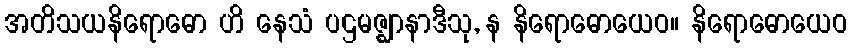
အတိသယနိရောဓော ဟိ နေသံ ပဌမဇ္ဈာနာဒီသု, န နိရောဓောယေဝ။ နိရောဓောယေဝ